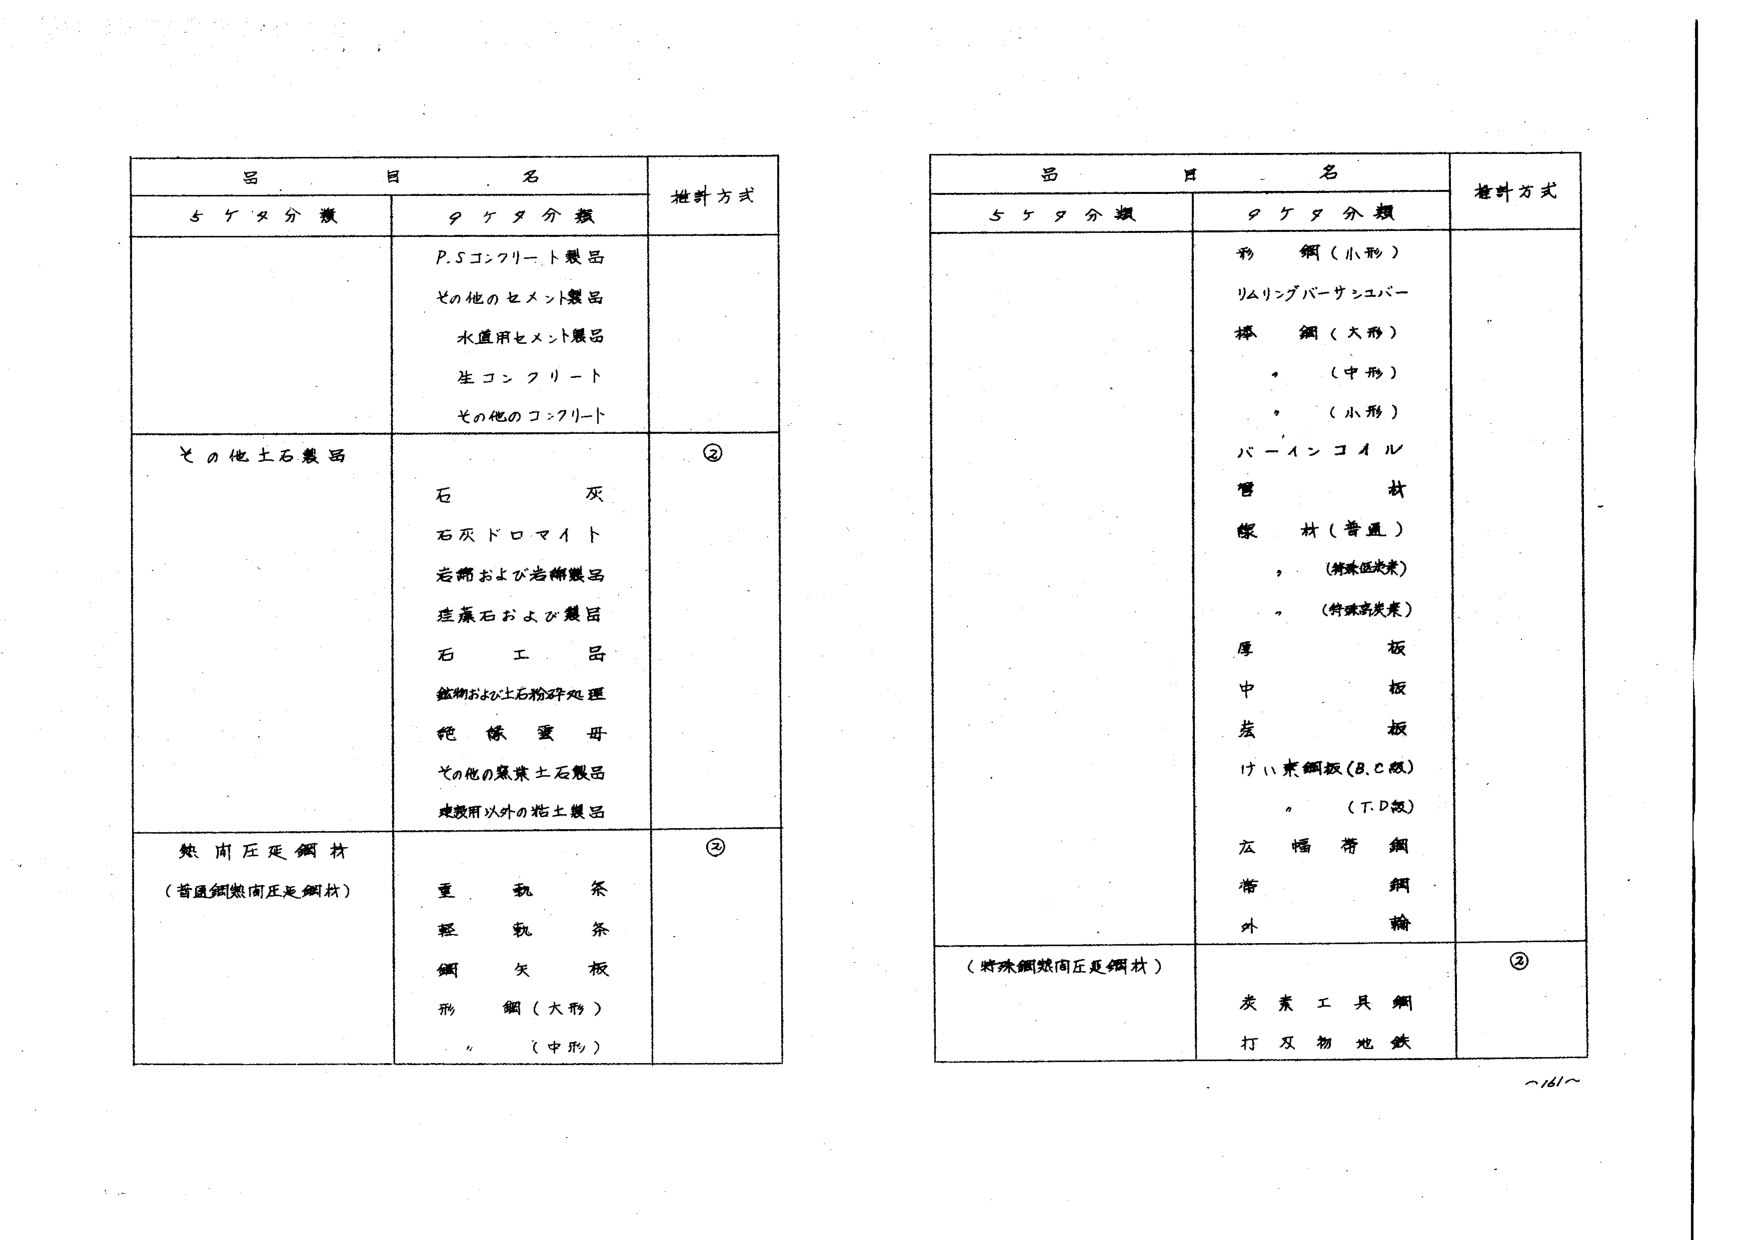
品目名
推計方式
5ケタ分類
9ケタ分類
P.Sコンクリート製品
その他のセメント製品
水道用セメント製品
生コンクリート
その他のコンクリート
その他土石製品
②
石灰
石灰ドロマイト
岩棉および岩綿製品
珪藻石および製品
石工品
鉱物および土石粉砕処理
純鉱重母
その他の窯業土石製品
建築用以外の粘土製品
熱間圧延鋼材
（普通鋼熱間圧延鋼材）
②
重軌条
軽軌条
鋼矢板
形鋼（大形）
（中形）
品目名
推計方式
5ケタ分類
9ケタ分類
形鋼（小形）
リムリングバーサンユバー
棒鋼（大形）
（中形）
（小形）
バーインコイル
管材
線材（普通）
（特殊低炭素）
（特殊高炭素）
厚板
中板
薄板
けい素鋼板（B.C板）
（T.D板）
広幅帯鋼
帯鋼
外輪
（特殊鋼熱間圧延鋼材）
②
炭素工具鋼
打刃物地鉄
～161～